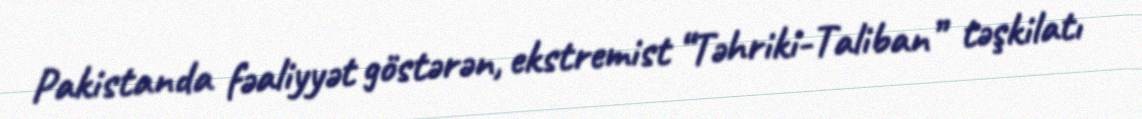
Pakistanda fəaliyyət göstərən, ekstremist “Təhriki-Taliban” təşkilatı